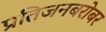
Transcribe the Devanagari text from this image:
प्रतिजनबरोबर